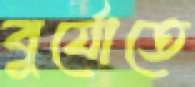
বুর্যোতে